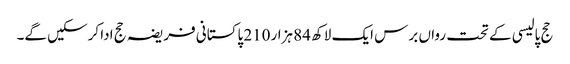
حج پالیسی کے تحت رواں برس ایک لاکھ 84 ہزار210 پاکستانی فریضہ حج ادا کرسکیں گے۔